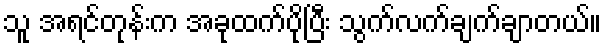
သူ အရင်တုန်းက အခုထက်ပိုပြီး သွက်လက်ချက်ချာတယ်။